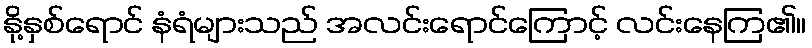
နို့နှစ်ရောင် နံရံများသည် အလင်းရောင်ကြောင့် လင်းနေကြ၏။